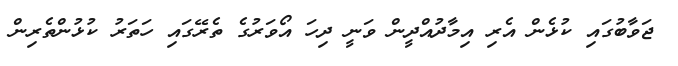
ޖަވާބުގައި ކުޅެން އެރި އިމާދުއްދީން ވަނީ ދިހަ އޯވަރުގެ ތެރޭގައި ހަތަރު ކުޅުންތެރިން